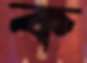
ক